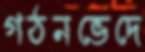
গঠনভেদে